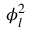
\phi _ { l } ^ { 2 }